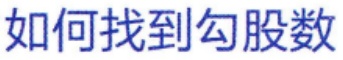
如何找到勾股数